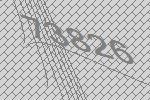
73826